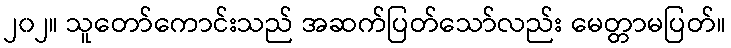
၂၀၂။ သူတော်ကောင်းသည် အဆက်ပြတ်သော်လည်း မေတ္တာမပြတ်။